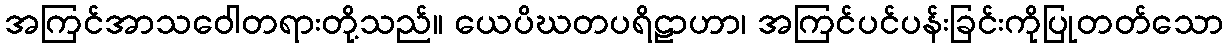
အကြင်အာသဝေါတရားတို့သည်။ ယေပိဃတပရိဠာဟာ၊ အကြင်ပင်ပန်းခြင်းကိုပြုတတ်သော